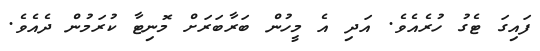
ފައިގަ ޓެގު ހުރެެއެވެ. އަދި އެ މީހުން ބަރާބަރަށް މޮނިޓާ ކުރަމުން ދެއެވެ.